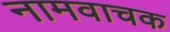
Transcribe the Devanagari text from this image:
नामवाचक